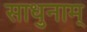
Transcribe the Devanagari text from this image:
साधुनाम्